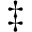
\ddagger